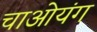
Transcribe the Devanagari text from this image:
चाओयंग